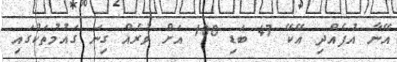
އޭނާ އުފެއްދި އޭކޭ 47 ބަޑި 100 އަށް ވުރެއް ގިނަ ގައުމުތަކުގައި